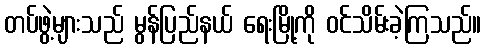
တပ်ဖွဲ့များသည် မွန်ပြည်နယ် ရေးမြို့ကို ဝင်သိမ်းခဲ့ကြသည်။